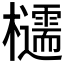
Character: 𪴠